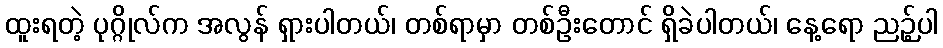
ထူးရတဲ့ ပုဂ္ဂိုလ်က အလွန် ရှားပါတယ်၊ တစ်ရာမှာ တစ်ဦးတောင် ရှိခဲပါတယ်၊ နေ့ရော ညဉ့်ပါ